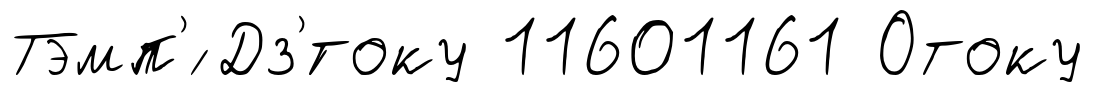
Тэмп'́ Дз'́току 11601161 Отоку